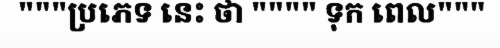
"""ប្រភេទ នេះ ថា """" ទុក ពេល"""